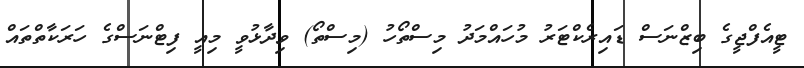
ޓީއެފްޖީގެ ބިޒްނަސް ޑައިރެކްޓަރު މުހައްމަދު މިސްތޯހު (މިސްތޯ) ވިދާޅުވީ މިއީ ފިޓްނަސްގެ ހަރަކާތްތައް